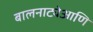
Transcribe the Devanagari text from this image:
बालनाट्येआणि